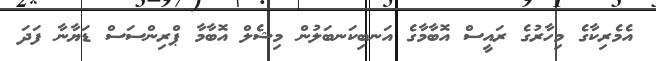
އެމެރިކާގެ މިހާރުގެ ރައީސް އޮބާމާގެ އަނބިކަނބަލުން މިޝެލް އޮބާމާ ޕްރިންސަސް ޑަޔާނާ ފަދަ